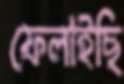
ফেলাইছি